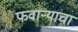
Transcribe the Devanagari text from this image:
फवाऱ्याचा